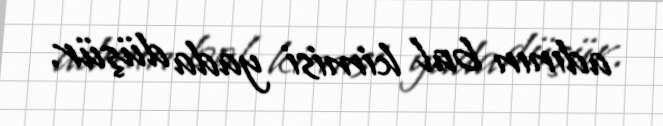
adının bal kimisi yada düşür.